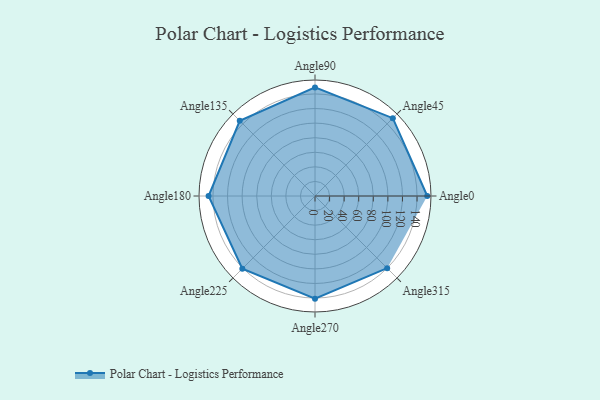
{"axis": {"x": "Angle", "y": "Radius"}, "legend": [""], "data": [{"x": "Angle0", "y": 154.0, "type": ""}, {"x": "Angle45", "y": 151.0, "type": ""}, {"x": "Angle90", "y": 149.0, "type": ""}, {"x": "Angle135", "y": 146.0, "type": ""}, {"x": "Angle180", "y": 146.0, "type": ""}, {"x": "Angle225", "y": 141.0, "type": ""}, {"x": "Angle270", "y": 141.0, "type": ""}, {"x": "Angle315", "y": 140.0, "type": ""}]}